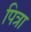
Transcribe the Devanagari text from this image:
पित्रा